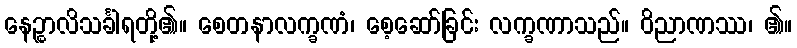
နေဉ္စာလိသင်္ခါရတို့၏။ စေတနာလက္ခဏံ၊ စေ့ဆော်ခြင်း လက္ခဏာသည်။ ဝိညာဏဿ၊ ၏။